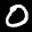
Label: 0